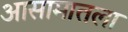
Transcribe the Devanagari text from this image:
आसामातला